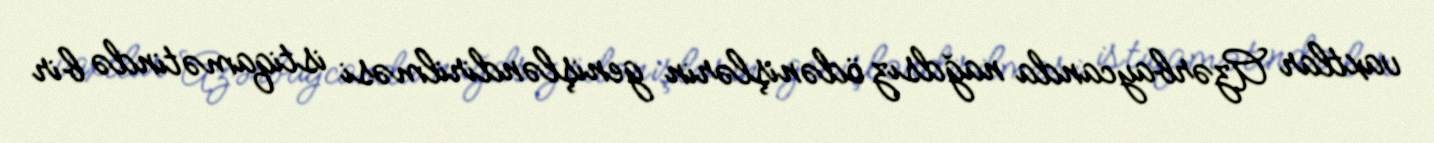
vaxtlar Azərbaycanda nağdsız ödənişlərin genişləndirilməsi istiqamətində bir